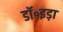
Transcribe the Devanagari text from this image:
डॉ॰इड़ा